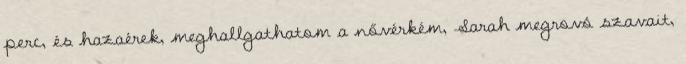
perc, és hazaérek, meghallgathatom a nővérkém, Sarah megrovó szavait,